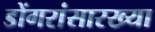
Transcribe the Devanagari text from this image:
डोंगरांसारख्या